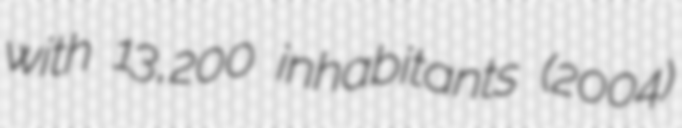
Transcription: with 13,200 inhabitants (2004)